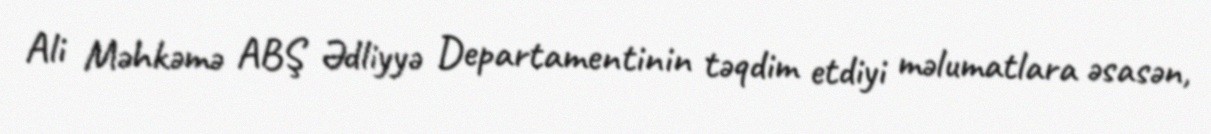
Ali Məhkəmə ABŞ Ədliyyə Departamentinin təqdim etdiyi məlumatlara əsasən,